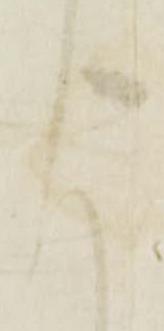
謹